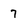
Character: 7